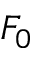
F _ { 0 }